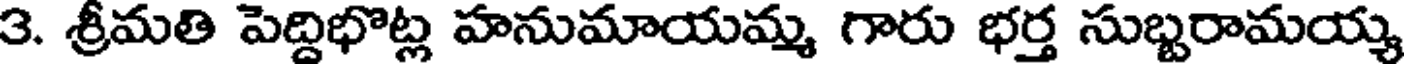
3. శ్రీమతి పెద్దిభొట్ల హనుమాయమ్మ గారు భర్త సుబ్బరామయ్య